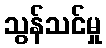
သွန်သင်မှု